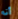
أنه